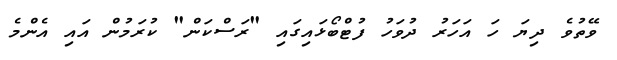
ވޭތުވެ ދިޔަ ހަ އަހަރު ދުވަހު ފުޓްބޯޅައިގައި "ރަސްކަން" ކުރަމުން އައި އެންމެ